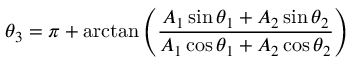
\theta _ { 3 } = \pi + \arctan \left( { \frac { A _ { 1 } \sin \theta _ { 1 } + A _ { 2 } \sin \theta _ { 2 } } { A _ { 1 } \cos \theta _ { 1 } + A _ { 2 } \cos \theta _ { 2 } } } \right)